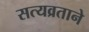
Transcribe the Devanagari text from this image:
सत्यव्रताने